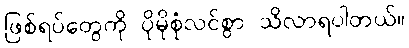
ဖြစ်ရပ်တွေကို ပိုမိုစုံလင်စွာ သိလာရပါတယ်။